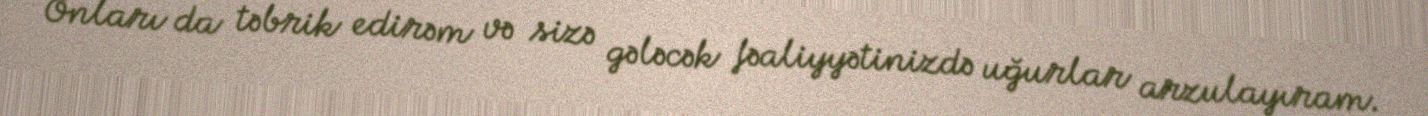
Onları da təbrik edirəm və sizə gələcək fəaliyyətinizdə uğurlar arzulayıram.